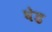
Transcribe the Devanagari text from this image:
घेड